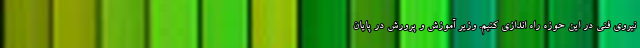
نیروی فنی در این حوزه راه اندازی کنیم. وزیر آموزش و پرورش در پایان